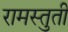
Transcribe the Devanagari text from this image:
रामस्तुती